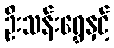
ဦးသန်းရွှေနှင့်